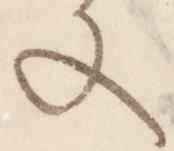
文